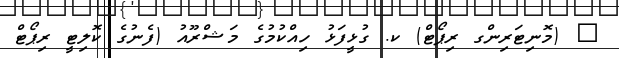
_ (މޮނިޓަރިންގ ރިޕޯޓް) ކ. ގުޅީފަޅު ހިއްކުމުގެ މަޝްރޫއު (ފެނުގެ ކޮލިޓީ ރިޕޯޓް